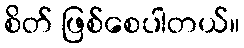
စိတ် ဖြစ်စေပါတယ်။